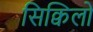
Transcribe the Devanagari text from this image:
सिक्विलों